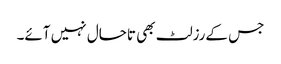
جس کےرزلٹ بھی تاحال نہیں آئے۔